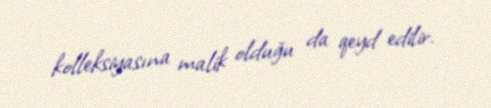
kolleksiyasına malik olduğu da qeyd edilir.